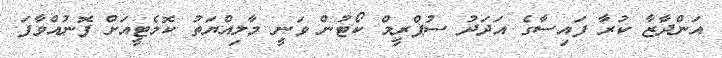
އަންދާޒާ ކުރާ ފައިސާގެ އަދަދު ސުޕްރީމް ކޯޓުން ވަނީ މާލިއްޔަތު ކޮމެޓީއަށް ފޮނުއްވާފަ